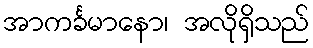
အာကင်္ခမာနော၊ အလိုရှိသည်